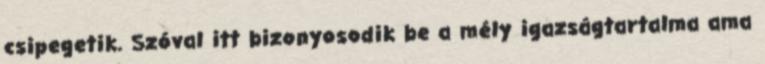
csipegetik. Szóval itt bizonyosodik be a mély igazságtartalma ama